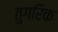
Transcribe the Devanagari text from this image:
तुगरिक